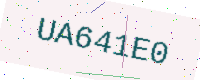
Text: UA641E0